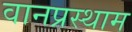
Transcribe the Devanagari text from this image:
वानप्रस्थाम